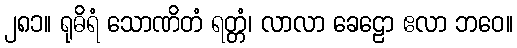
၂၈၁။ ရုဓိရံ သောဏိတံ ရတ္တံ၊ လာလာ ခေဠော ဧလာ ဘဝေ။